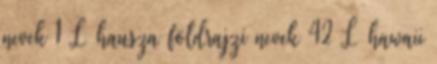
nevek‎ 1 L hausza földrajzi nevek‎ 42 L hawaii